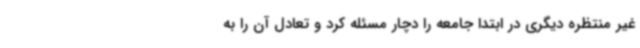
غیر منتظره دیگری در ابتدا جامعه را دچار مسئله کرد و تعادل آن را به